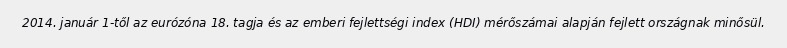
2014. január 1-től az eurózóna 18. tagja és az emberi fejlettségi index (HDI) mérőszámai alapján fejlett országnak minősül.